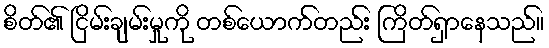
စိတ်၏ ငြိမ်းချမ်းမှုကို တစ်ယောက်တည်း ကြိတ်ရှာနေသည်။